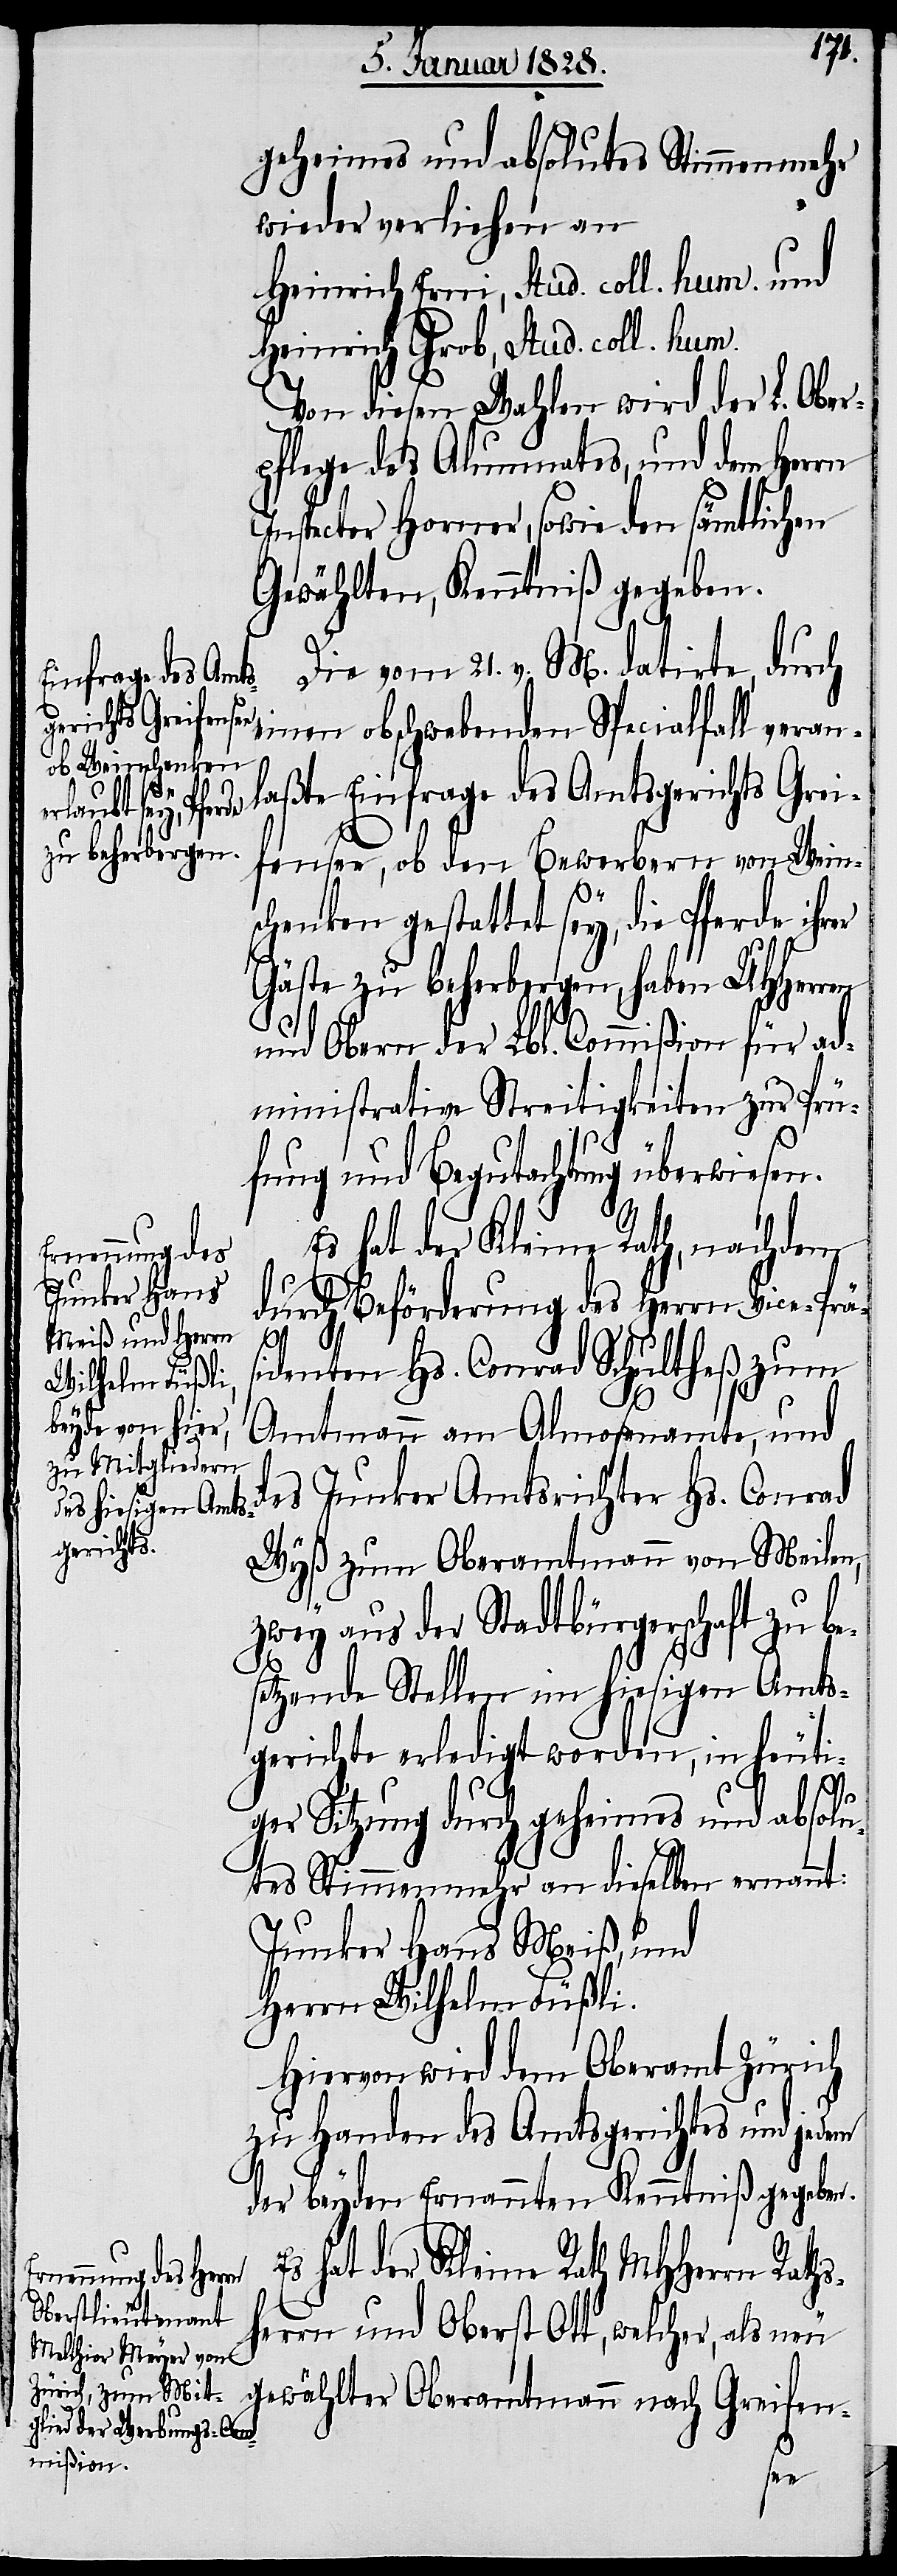
geheimes und absolutes Stimmenmehr
wieder verliehen an
Heinrich Erni, Stud. coll. hum. und
Heinrich Grob, Stud. coll. hum.
Von diesen Wahlen wird der L. Ober¬
pflege des Alumnates, und dem Herrn
Inspector Horner, sowie den sämtlichen
Gewählten, Kenntniß gegeben.
Die vom 21. v. M. datirte, durch
nach Greifen-
einen obschwebenden Spezialfall veran¬
laßte Einfrage des Amtsgerichts Grei¬
fensee, ob den Bewerbern von Wein¬
schenken gestattet sey, die Pferde ihr¬
Gäste zu beherbergen, haben UHHerren
und Obern der Lbl. Commißion für ad¬
ministrative Streitigkeiten zur Prü¬
fung und Begutachtung überwiesen.
Es hat der Kleine Rath, nachdem
durch Beförderung des Herrn Vice-Präs¬
identen Hs. Conrad Schulthes zum
Amtmann am Almosenamte, und
des Junker Amtsrichter Hs. Conrad
Wyß zum Oberamtmann von Meilen,
zwey aus der Stadtbürgerschaft zu be¬
setzende Stellen im hiesigen Amts¬
gerichte erledigt worden, in heuti¬
er
ger Sitzung durch geheimes und absolu¬
tes Stimmenmehr an dieselben ernannt:
Junker Hans Meiß, und
Herrn Wilhelm Füßli.
Hiervon wird dem Oberamt Zürich
zu Handen des Amtsgerichtes und jedem
der beyden Ernannten Kenntniß gegeben.
hat der Kleine Rath MHHerrn Rath¬
rn und Oberst Ott, welcher, als neu
sher¬